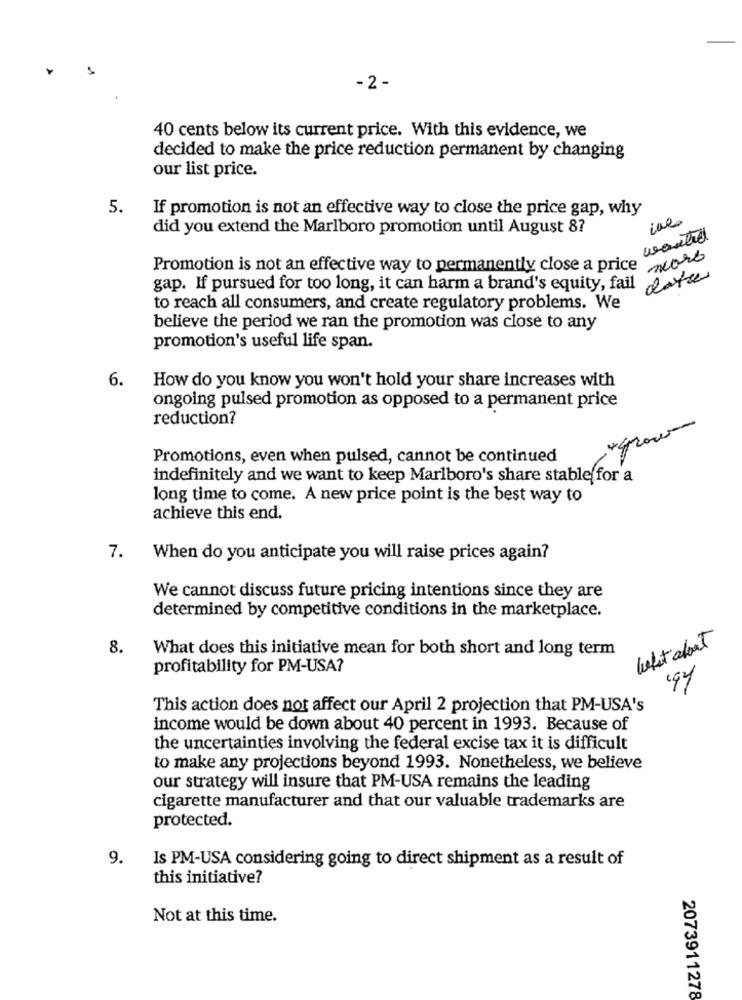
-2 -
40 cents below its current price. With this evidence, we
decided to make the price reduction permanent by changing
our list price.
5.
If promotion is not an effective way to close the price gap, why
ine
did you extend the Marlboro promotion until August 8?
wanted
Promotion is not an effective way to permanently close a price now
gap. If pursued for too long, it can harm a brand's equity, fail este
to reach all consumers, and create regulatory problems. We
believe the period we ran the promotion was close to any
promotion's useful life span.
6.
How do you know you won't hold your share increases with
ongoing pulsed promotion as opposed to a permanent price
reduction?
44200
Promotions, even when pulsed, cannot be continued
indefinitely and we want to keep Marlboro's share stable for a
long time to come. A new price point is the best way to
achieve this end.
7.
When do you anticipate you will raise prices again?
We cannot discuss future pricing intentions since they are
determined by competitive conditions in the marketplace.
what about
8.
What does this initiative mean for both short and long term
profitability for PM-USA?
This action does not affect our April 2 projection that PM-USA's
income would be down about 40 percent in 1993. Because of
the uncertainties involving the federal excise tax it is difficult
to make any projections beyond 1993. Nonetheless, we believe
our strategy will insure that PM-USA remains the leading
cigarette manufacturer and that our valuable trademarks are
protected.
9.
Is PM-USA considering going to direct shipment as a result of
this initiative?
Not at this time.
2073911278